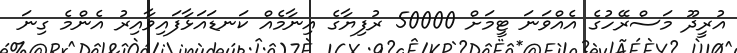
އުރީދޫ މަސްރޭހުގެ އެއްވަނަ ޓީމަށް 50000 ރުފިޔާގެ އިނާމެއް ކަނޑައަޅާފައިވާއިރު އެންމެ ގިނަ